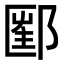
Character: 𨝇